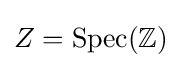
Z=\operatorname {Spec} (\mathbb {Z} )